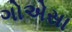
ગોએસા